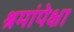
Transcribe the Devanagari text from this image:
श्रमांपेक्षा